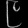
Digit: ၉